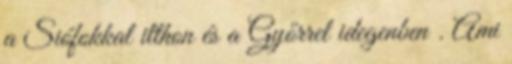
a Siófokkal itthon és a Győrrel idegenben . Ami